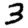
Digit: 3